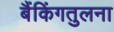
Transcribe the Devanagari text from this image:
बैंकिंगतुलना